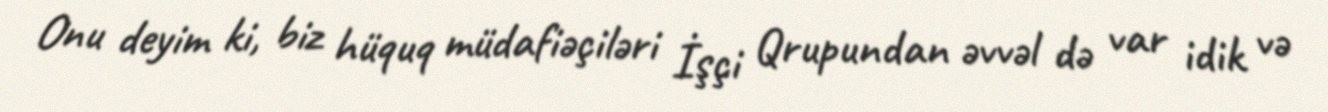
Onu deyim ki, biz hüquq müdafiəçiləri İşçi Qrupundan əvvəl də var idik və